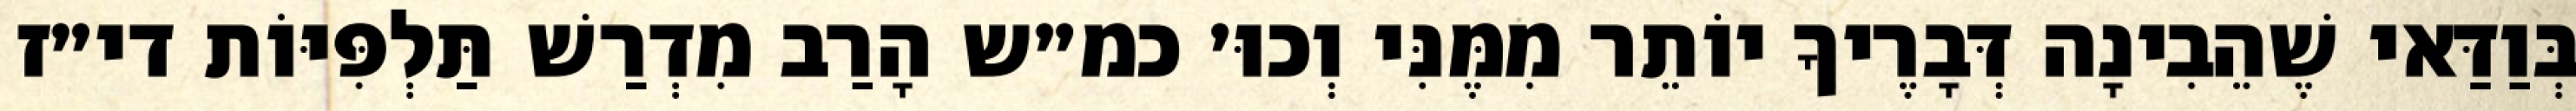
בְּוַדַּאי שֶׁהֵבִינָה דְּבָרֶיךָ יוֹתֵר מִמֶּנִּי וְכוּ׳ כמ״ש הָרַב מִדְרַשׁ תַּלְפִּיּוֹת די״ז